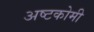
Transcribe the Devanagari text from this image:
अष्टकोमी